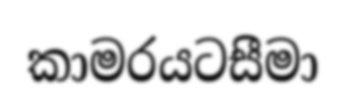
කාමරයටසීමා